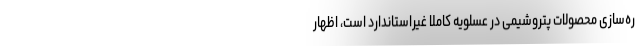
ره‌سازی محصولات پتروشیمی در عسلویه کاملاً غیراستاندارد است، اظهار